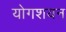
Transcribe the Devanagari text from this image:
योगशयन